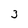
Character: 3